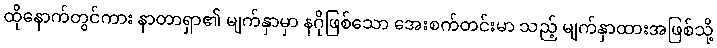
ထိုနောက်တွင်ကား နာတာရှာ၏ မျက်နှာမှာ နဂိုဖြစ်သော အေးစက်တင်းမာ သည့် မျက်နှာထားအဖြစ်သို့